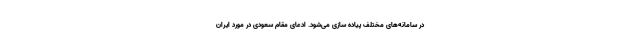
در سامانه‌های مختلف پیاده سازی می‌شود. ادعای مقام سعودی در مورد ایران